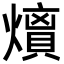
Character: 𭶘